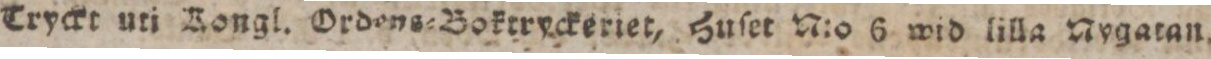
Tryckt uti Kongl. Ordens=Boktryckeriet, Huſet N:o 6 wid lilla Nygatan.